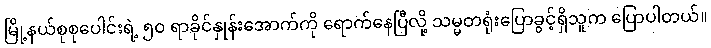
မြို့နယ်စုစုပေါင်းရဲ့ ၅၀ ရာခိုင်နှုန်းအောက်ကို ရောက်နေပြီလို့ သမ္မတရုံးပြောခွင့်ရှိသူက ပြောပါတယ်။